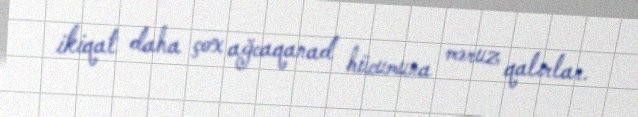
ikiqat daha çox ağcaqanad hücumuna məruz qalırlar.